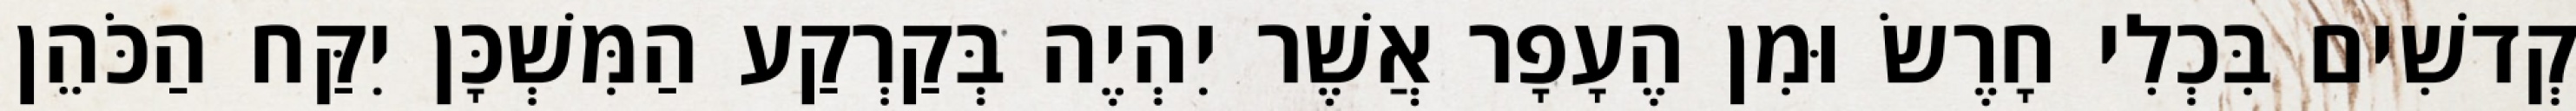
קְדשִׁים בִּכְלִי חָרֶשׂ וּמִן הֶעָפָר אֲשֶׁר יִהְיֶה בְּקַרְקַע הַמִּשְׁכָּן יִקַּח הַכֹּהֵן